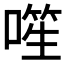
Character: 𪡾